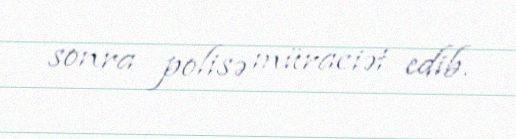
sonra polisə müraciət edib.